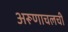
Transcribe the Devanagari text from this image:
अरूणाचलची